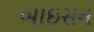
બાઇસન